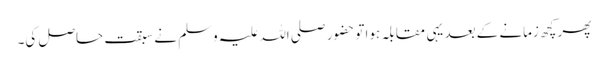
پھر کچھ زمانے کے بعد یہی مقابلہ ہوا تو حضور صلی اللہ علیہ وسلم نے سبقت حاصل کی۔